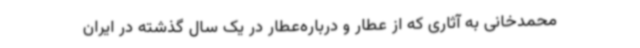
محمدخانی به آثاری که از عطار و درباره‌عطار در یک سال گذشته در ایران